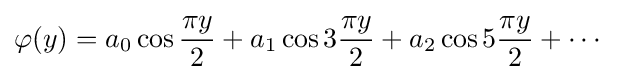
\varphi (y)=a_{0}\cos {\frac {\pi y}{2}}+a_{1}\cos 3{\frac {\pi y}{2}}+a_{2}\cos 5{\frac {\pi y}{2}}+\cdots